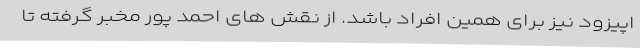
اپیزود نیز برای همین افراد باشد. از نقش های احمد پور مخبر گرفته تا